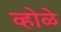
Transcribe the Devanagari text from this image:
व्होळे